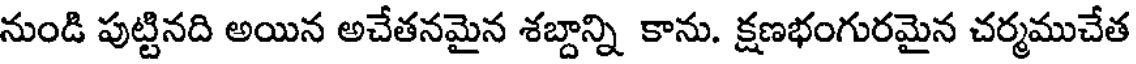
నుండి పుట్టినది అయిన అచేతనమైన శబ్దాన్ని కాను. క్షణభంగురమైన చర్మముచేత